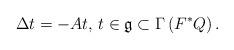
LaTeX: \begin{align*}\Delta t=-At, \, t \in \mathfrak{g} \subset \Gamma\left(F^{\ast}Q\right). \end{align*}